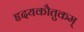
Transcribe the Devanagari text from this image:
हृदयकौतुकम्‌